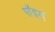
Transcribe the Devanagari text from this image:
पॉइरॉ